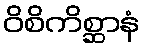
ဝိစိကိစ္ဆာနံ